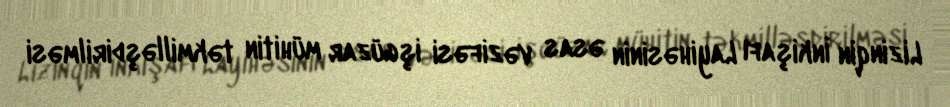
Lizinqin İnkişafı Layihəsinin əsas vəzifəsi işgüzar mühitin təkmilləşdirilməsi